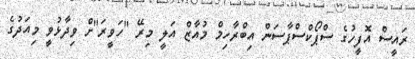
ރައީސް އޮފީހުގެ ސްޕޯކްސްޕާސަން އިބްރާހިމް މުއާޒް އަލީ މިރޭ "ހަވީރަ"ށް ވިދާޅުވީ މިއަދުގެ